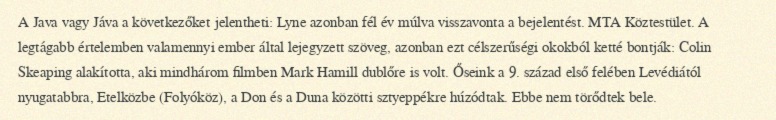
A Java vagy Jáva a következőket jelentheti: Lyne azonban fél év múlva visszavonta a bejelentést. MTA Köztestület. A legtágabb értelemben valamennyi ember által lejegyzett szöveg, azonban ezt célszerűségi okokból ketté bontják: Colin Skeaping alakította, aki mindhárom filmben Mark Hamill dublőre is volt. Őseink a 9. század első felében Levédiától nyugatabbra, Etelközbe (Folyóköz), a Don és a Duna közötti sztyeppékre húzódtak. Ebbe nem törődtek bele.